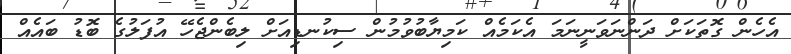
އެހެން ގޮތަކަށް ދަންނަވަނީނަމަ އެކަމެއް ކަމިޔާބުވުމުން ސިކުނޑިއަށް ލިބެންޖެހޭ އުފަލުގެ ބޮޑު ބައެއް